Report on vaccination in the Province of Bengal - 1869-1873
Year: 1869
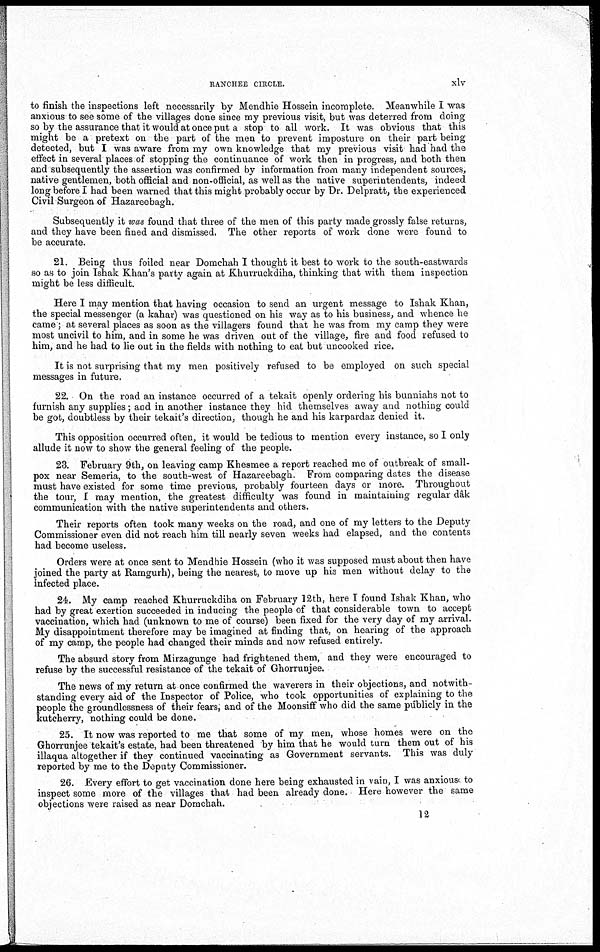
RANCHEE CIRCLE.
xlv
to finish the inspections left necessarily by Mendhie Hossein incomplete. Meanwhile I was
anxious to see some of the villages done since my previous visit, but was deterred from doing
so by the assurance that it would at once put a stop to all work. It was obvious that this
might be a pretext on the part of the men to prevent imposture on their part being
detected, but I was aware from my own knowledge that my previous visit had had the
effect in several places of stopping the continuance of work then in progress, and both then
and subsequently the assertion was confirmed by information from many independent sources,
native gentlemen, both official and non-official, as well as the native superintendents, indeed
long before I had been warned that this might probably occur by Dr. Delpratt, the experienced
Civil Surgeon of Hazareebagh.
Subsequently it was found that three of the men of this party made grossly false returns,
and they have been fined and dismissed. The other reports of work done were found to
be accurate.
21. Being thus foiled near Domchah I thought it best to work to the south-eastwards
so as to join Ishak Khan's party again at Khurruckdiha, thinking that with them inspection
might be less difficult.
Here I may mention that having occasion to send an urgent message to Ishak Khan,
the special messenger (a kahar) was questioned on his way as to his business, and whence he
came; at several places as soon as the villagers found that he was from my camp they were
most uncivil to him, and in some he was driven out of the village, fire and food refused to
him, and he had to lie out in the fields with nothing to eat but uncooked rice.
It is not surprising that my men positively refused to be employed on such special
messages in future.
22. On the road an instance occurred of a tekait openly ordering his bunniahs not to
furnish any supplies; and in another instance they hid themselves away and nothing could
be got, doubtless by their tekait's direction, though he and his karpardaz denied it.
This opposition occurred often, it would be tedious to mention every instance, so I only
allude it now to show the general feeling of the people.
23. February 9th, on leaving camp Khesmee a report reached me of outbreak of small-
pox near Semeria, to the south-west of Hazareebagh. From comparing dates the disease
must have existed for some time previous, probably fourteen days or more. Throughout
the tour, I may mention, the greatest difficulty was found in maintaining regular dâk
communication with the native superintendents and others.
Their reports often took many weeks on the road, and one of my letters to the Deputy
Commissioner even did not reach him till nearly seven weeks had elapsed, and the contents
had become useless.
Orders were at once sent to Mendhie Hossein (who it was supposed must about then have
joined the party at Ramgurh), being the nearest, to move up his men without delay to the
infected place.
24. My camp reached Khurruckdiha on February 12th, here I found Ishak Khan, who
had by great exertion succeeded in inducing the people of that considerable town to accept
vaccination, which had (unknown to me of course) been fixed for the very day of my arrival.
My disappointment therefore may be imagined at finding that, on hearing of the approach
of my camp, the people had changed their minds and now refused entirely.
The absurd story from Mirzagunge had frightened them, and they were encouraged to
refuse by the successful resistance of the tekait of Ghorrunjee.
The news of my return at once confirmed the waverers in their objections, and notwith-
standing every aid of the Inspector of Police, who took opportunities of explaining to the
people the groundlessness of their fears, and of the Moonsiff who did the same publicly in the
kutcherry, nothing could be done.
25. It now was reported to me that some of my men, whose homes were on the
Ghorrunjee tekait's estate, had been threatened by him that he would turn them out of his
illaqua altogether if they continued vaccinating as Government servants. This was duly
reported by me to the Deputy Commissioner.
26. Every effort to get vaccination done here being exhausted in vain, I was anxious to
inspect some more of the villages that had been already done. Here however the same
objections were raised as near Domchah.
12